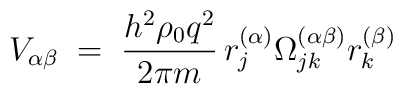
V_{\alpha\beta}\;=\; \frac{h^2\rho_0 q^2}{2 \pi m}\, r_j^{(\alpha)} \Omega^{(\alpha\beta)}_{jk} r_k^{(\beta)}